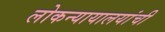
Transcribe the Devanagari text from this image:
लोकन्यायालयांची